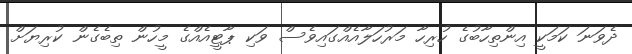
ދެވަނަ ކަމަކީ އިންތިހާބުގެ ހުރިހާ މަރުހަލާއެއްގައިވެސް ވަކި ޕާޓީއެއްގެ މީހުން ތިބެގެން ކުރިޔަށް